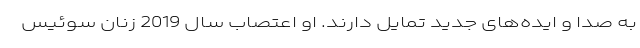
به صدا و ایده‌های جدید تمایل دارند. او اعتصاب سال 2019 زنان سوئیس